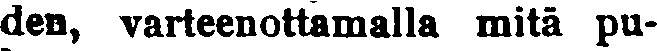
den, varteenottamalla mitä pu-